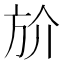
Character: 斺